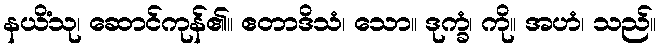
နယိံသု၊ ဆောင်ကုန်၏။ ဧတာဒိသံ၊ သော။ ဒုက္ခံ၊ ကို။ အဟံ၊ သည်။